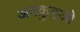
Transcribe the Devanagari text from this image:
अक्क़ुइओ